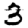
Digit: 3